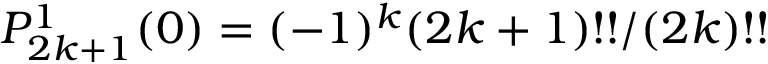
P _ { 2 k + 1 } ^ { 1 } ( 0 ) = ( - 1 ) ^ { k } { ( 2 k + 1 ) ! ! } / { ( 2 k ) ! ! }